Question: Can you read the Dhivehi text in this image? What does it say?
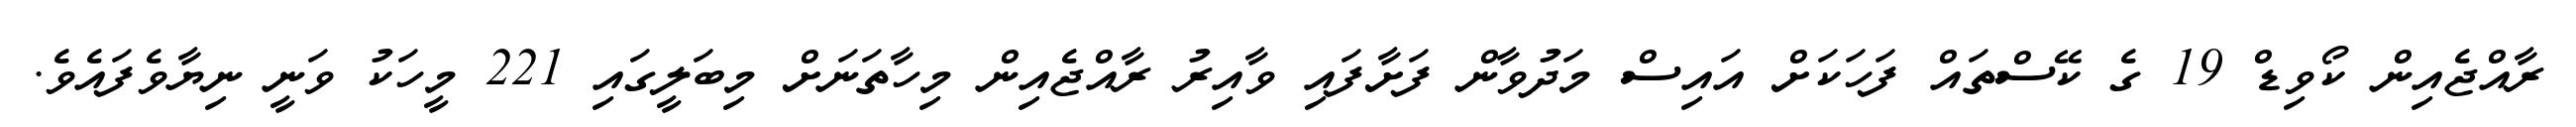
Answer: ރާއްޖެއިން ކޯވިޑް 19 ގެ ކޭސްތައް ފަހަކަށް އައިސް މަދުވާން ފަށާފައި ވާއިރު ރާއްޖެއިން މިހާތަނަށް މިބަލީގައި 221 މީހަކު ވަނީ ނިޔާވެފައެވެ.